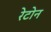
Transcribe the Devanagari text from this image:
रेटोन